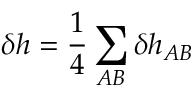
\delta h = \frac { 1 } { 4 } \sum _ { A B } \delta h _ { A B }